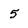
Character: 5